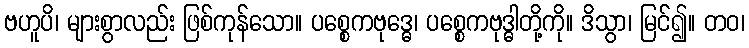
ဗဟူပိ၊ များစွာလည်း ဖြစ်ကုန်သော။ ပစ္စေကဗုဒ္ဓေ၊ ပစ္စေကဗုဒ္ဓါတို့ကို။ ဒိသွာ၊ မြင်၍။ တဝ၊